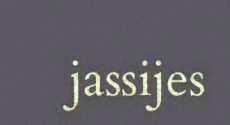
jassijes